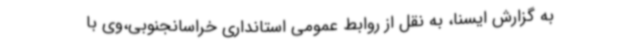
به گزارش ایسنا، به نقل از روابط عمومی استانداری خراسانجنوبی،وی با